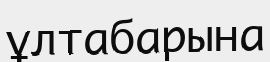
ұлтабарына